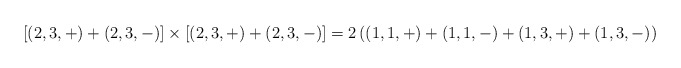
\begin{align*}\lbrack (2,3,+)+(2,3,-)]\times [(2,3,+)+(2,3,-)]=2\left( (1,1,+)+(1,1,-)+(1,3,+)+{(1,3,-)}\right)\end{align*}